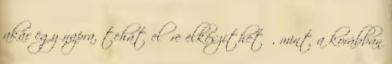
akár egy napra, tehát előre elkészíthető, mint a korábban